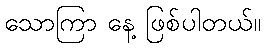
သောကြာ နေ့ ဖြစ်ပါတယ်။